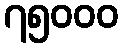
၇၅၀၀၀